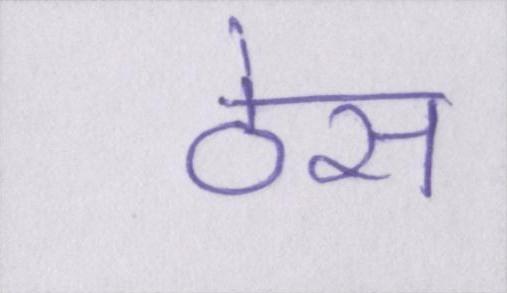
ठेस